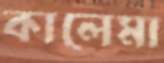
কালেমা